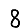
Digit: 8